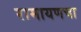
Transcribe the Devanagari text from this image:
रामायणचा